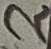
Text: 2